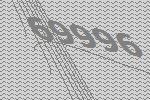
69996